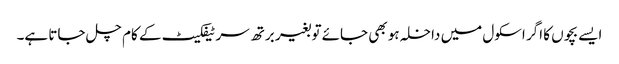
ایسے بچوں کا اگر اسکول میں داخلہ ہو بھی جائے تو بغیر برتھ سرٹیفکیٹ کے کام چل جاتا ہے۔